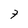
Character: 7